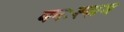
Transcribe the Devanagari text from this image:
घनःश्याम